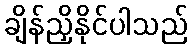
ချိန်ညှိနိုင်ပါသည်